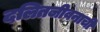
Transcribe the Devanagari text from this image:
दलितजीवनाची